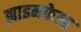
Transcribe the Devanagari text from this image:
झाइनफेल्ड